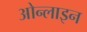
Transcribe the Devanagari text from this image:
ओन्लाइन